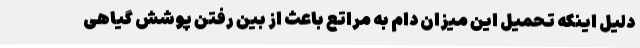
دلیل اینکه تحمیل این میزان دام به مراتع باعث از بین رفتن پوشش گیاهی